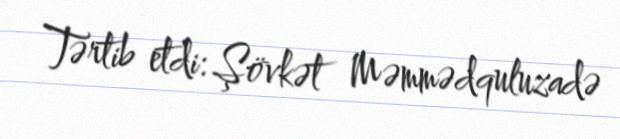
Tərtib etdi: Şövkət Məmmədquluzadə